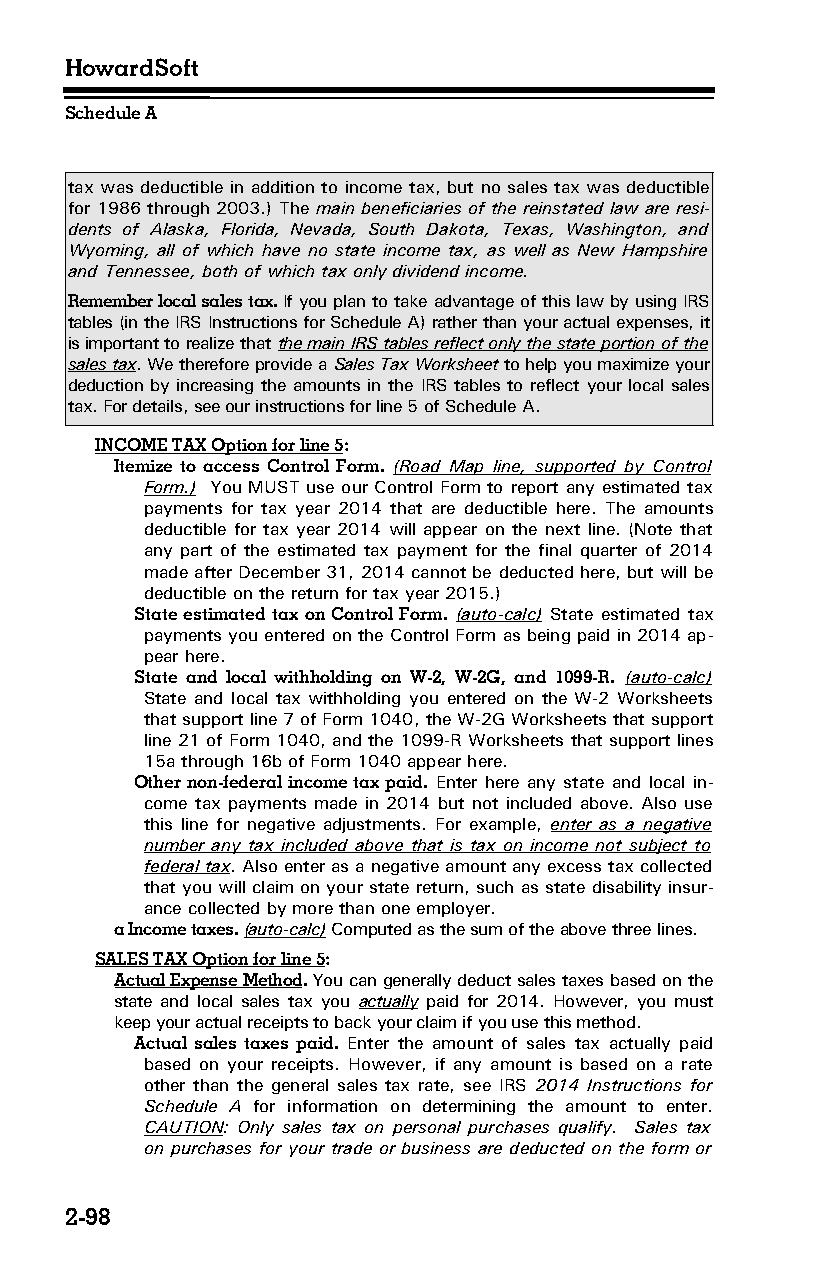
HowardSoft
 Schedule A
 tax was deductible in addition to income tax, but no sales tax was deductible
 for 1986 through 2003.) The main beneficiaries of the reinstated law are resi­
 dents of Alaska, Florida, Nevada, South Dakota, Texas, Washington, and
 Wyoming, all of which have no state income tax, as well as New Hampshire
 and Tennessee, both of which tax only dividend income.
 Remember local sales tax. If you plan to take advantage of this law by using IRS
 tables (in the IRS Instructions for Schedule A) rather than your actual expenses, it
 is important to realize that the main IRS tables reflect only the state portion of the
 sales tax. We therefore provide a Sales Tax Worksheet to help you maximize your
 deduction by increasing the amounts in the IRS tables to reflect your local sales
 tax. For details, see our instructions for line 5 of Schedule A.
 INCOME TAX Option for line 5:
 Itemize to access Control Form. (Road Map line, supported by Control
 Form.) You MUST use our Control Form to report any estimated tax
 payments for tax year 2014 that are deductible here. The amounts
 deductible for tax year 2014 will appear on the next line. (Note that
 any part of the estimated tax payment for the final quarter of 2014
 made after December 31, 2014 cannot be deducted here, but will be
 deductible on the return for tax year 2015.)
 State estimated tax on Control Form. (auto-calc) State estimated tax
 payments you entered on the Control Form as being paid in 2014 ap­
 pear here.
 State and local withholding on W-2, W-2G, and 1099-R. (auto-calc)
 State and local tax withholding you entered on the W-2 Worksheets
 that support line 7 of Form 1040, the W-2G Worksheets that support
 line 21 of Form 1040, and the 1099-R Worksheets that support lines
 15a through 16b of Form 1040 appear here.
 Other non-federal income tax paid. Enter here any state and local in­
 come tax payments made in 2014 but not included above. Also use
 this line for negative adjustments. For example, enter as a negative
 number any tax included above that is tax on income not subject to
 federal tax. Also enter as a negative amount any excess tax collected
 that you will claim on your state return, such as state disability insur­
 ance collected by more than one employer.
 a Income taxes. (auto-calc) Computed as the sum of the above three lines.
 SALES TAX Option for line 5:
 Actual Expense Method. You can generally deduct sales taxes based on the
 state and local sales tax you actually paid for 2014. However, you must
 keep your actual receipts to back your claim if you use this method.
 Actual sales taxes paid. Enter the amount of sales tax actually paid
 based on your receipts. However, if any amount is based on a rate
 other than the general sales tax rate, see IRS 2014 Instructions for
 Schedule A for information on determining the amount to enter.
 CAUTION: Only sales tax on personal purchases qualify. Sales tax
 on purchases for your trade or business are deducted on the form or
 2-98